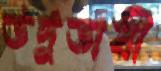
উর্দুভাষী